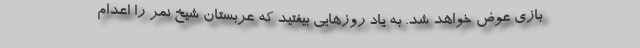
بازی عوض خواهد شد. به یاد روزهایی بیفتید که عربستان شیخ نمر را اعدام